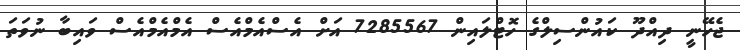
ޖެހޭނީ ދިއްދޫ ކައުންސިލްގެ ހޮޓްލައިން 7285567 އަށް އެސްއެެމްއެސް އެމްްއެމްއެސް ވައިބާ ނުވަތަ